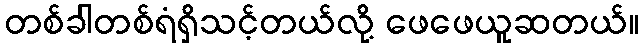
တစ်ခါတစ်ရံရှိသင့်တယ်လို့ ဖေဖေယူဆတယ်။